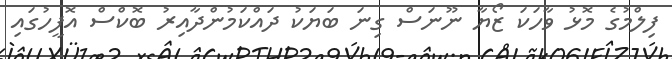
ފިލްމުގެ މޮޅު ވާހަކަ ޒޯޔާ ނޫނަސް ގިނަ ބަޔަކު ދައްކަމުންދާއިރު ބޮކްސް އޮފީހުގައި